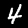
Digit: 4